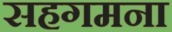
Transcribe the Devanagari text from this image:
सहगमना